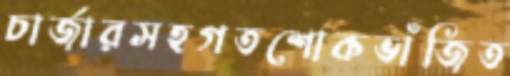
চার্জারসহগতশোকভাঁজিত